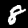
Label: 8